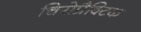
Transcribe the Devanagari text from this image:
चिरोप्रैक्टिक